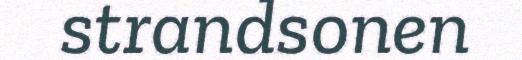
strandsonen